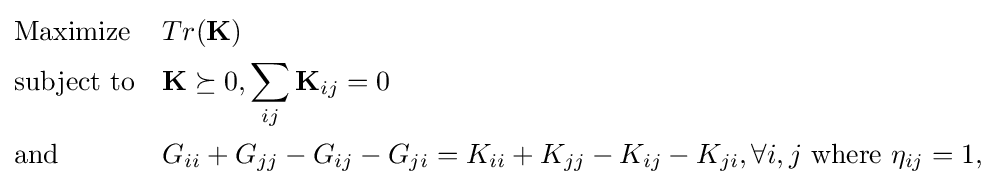
{\begin{aligned}&{\text{Maximize}}&&Tr(\mathbf {K} )\\&{\text{subject to}}&&\mathbf {K} \succeq 0,\sum _{ij}\mathbf {K} _{ij}=0\\&{\text{and}}&&G_{ii}+G_{jj}-G_{ij}-G_{ji}=K_{ii}+K_{jj}-K_{ij}-K_{ji},\forall i,j{\mbox{  where }}\eta _{ij}=1,\end{aligned}}